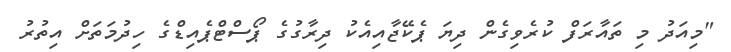
"މިއަދު މި ތައާރަފް ކުރެވިގެން ދިޔަ ޕެކޭޖާއިއެކު ދިރާގުގެ ޕޯސްޓްޕެއިޑްގެ ހިދުމަތަށް އިތުރު